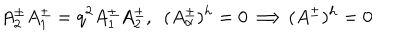
A _ { 2 } ^ { \pm } A _ { 1 } ^ { \pm } = q ^ { 2 } A _ { 1 } ^ { \pm } A _ { 2 } ^ { \pm } , \ \ ( A _ { \alpha } ^ { \pm } ) ^ { h } = 0 \Longrightarrow ( A ^ { \pm } ) ^ { h } = 0